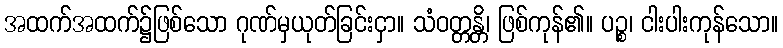
အထက်အထက်၌ဖြစ်သော ဂုဏ်မှယုတ်ခြင်းငှာ။ သံဝတ္တန္တိ၊ ဖြစ်ကုန်၏။ ပဉ္စ၊ ငါးပါးကုန်သော။